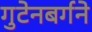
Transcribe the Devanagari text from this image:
गुटेनबर्गने